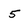
Character: 5